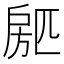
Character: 𱟢